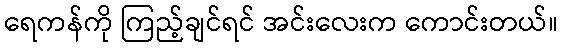
ရေကန်ကို ကြည့်ချင်ရင် အင်းလေးက ကောင်းတယ်။